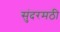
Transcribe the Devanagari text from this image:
सुंदरमठी